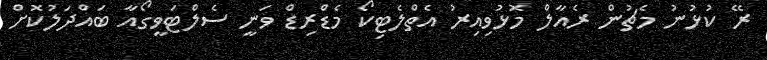
ރޭ ކުޅުނު މެޗުން ރެއާލް މޮޅުވިއިރު އެތްލެޓިކޯ މެޑްރިޑް ވަނީ ސެލްޓަވީގޯއާ ބައްދަލުކޮށް